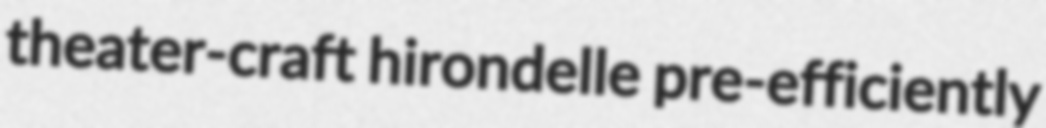
theater-craft hirondelle pre-efficiently